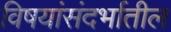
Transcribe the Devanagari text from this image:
विषयांसंदर्भातील